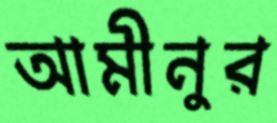
আমীনুর